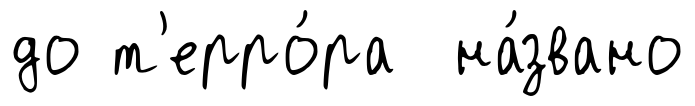
до т'ерро́ра на́звано